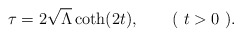
\begin{align*}\tau=2\sqrt{\Lambda}\coth(2t),\qquad (\mbox{ } t>0\mbox{ }).\end{align*}